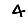
Digit: 4